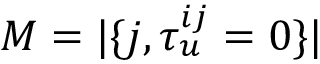
M = | \{ j , \tau _ { u } ^ { i j } = 0 \} |